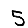
Digit: 5